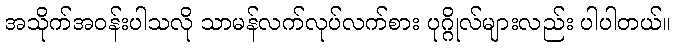
အသိုက်အဝန်းပါသလို သာမန်လက်လုပ်လက်စား ပုဂ္ဂိုလ်များလည်း ပါပါတယ်။